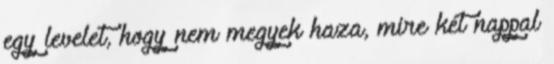
egy levelet, hogy nem megyek haza, mire két nappal